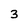
Character: 3